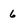
Character: 6